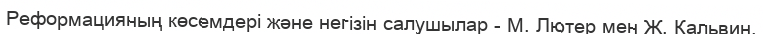
Реформацияның көсемдері және негізін салушылар - М. Лютер мен Ж. Кальвин.